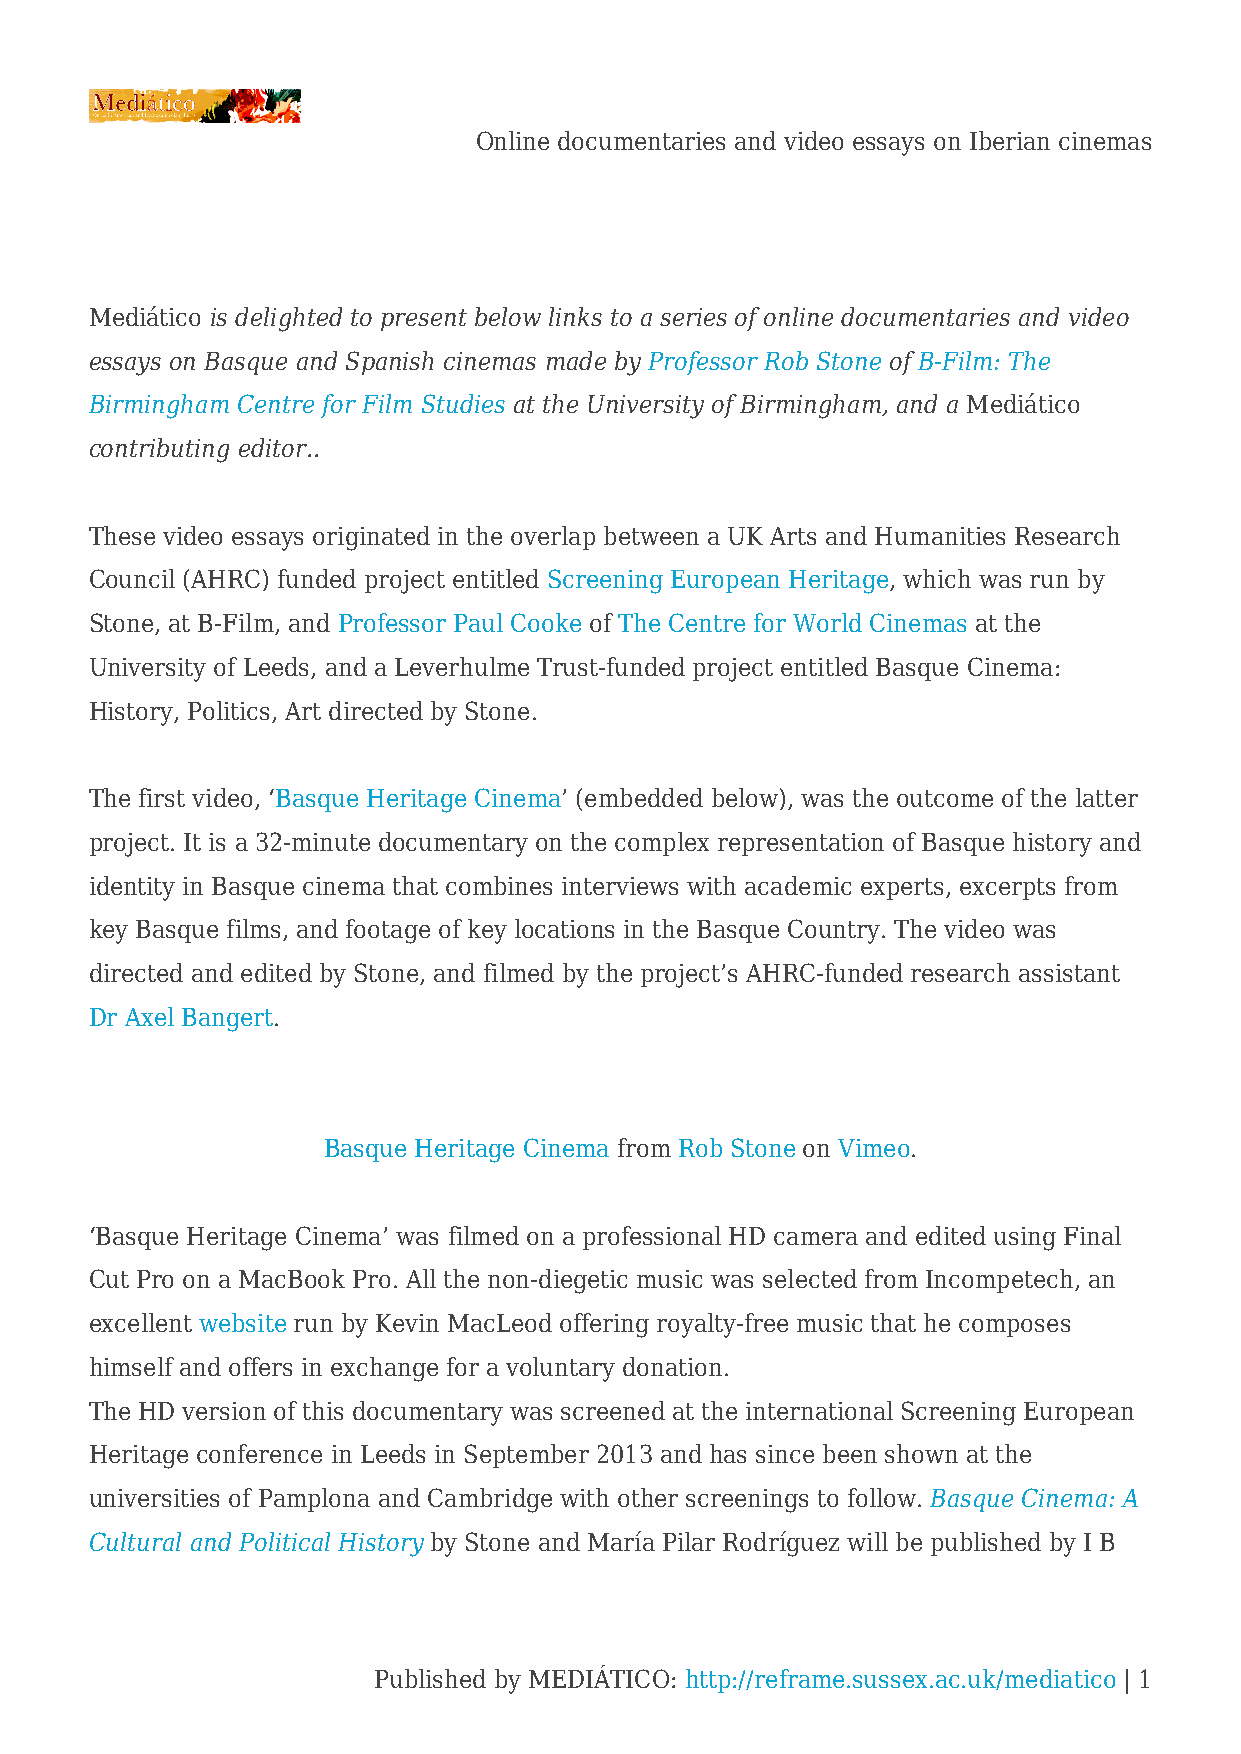
Online documentaries and video essays on Iberian cinemas
 Mediático is delighted to present below links to a series of online documentaries and video
 essays on Basque and Spanish cinemas made by Professor Rob Stone of B-Film: The
 Birmingham Centre for Film Studies at the University of Birmingham, and a Mediático
 contributing editor..
 These video essays originated in the overlap between a UK Arts and Humanities Research
 Council (AHRC) funded project entitled Screening European Heritage, which was run by
 Stone, at B-Film, and Professor Paul Cooke of The Centre for World Cinemas at the
 University of Leeds, and a Leverhulme Trust-funded project entitled Basque Cinema:
 History, Politics, Art directed by Stone.
 The first video, ‘Basque Heritage Cinema’ (embedded below), was the outcome of the latter
 project. It is a 32-minute documentary on the complex representation of Basque history and
 identity in Basque cinema that combines interviews with academic experts, excerpts from
 key Basque films, and footage of key locations in the Basque Country. The video was
 directed and edited by Stone, and filmed by the project’s AHRC-funded research assistant
 Dr Axel Bangert.
 Basque Heritage Cinema from Rob Stone on Vimeo.
 ‘Basque Heritage Cinema’ was filmed on a professional HD camera and edited using Final
 Cut Pro on a MacBook Pro. All the non-diegetic music was selected from Incompetech, an
 excellent website run by Kevin MacLeod offering royalty-free music that he composes
 himself and offers in exchange for a voluntary donation.
 The HD version of this documentary was screened at the international Screening European
 Heritage conference in Leeds in September 2013 and has since been shown at the
 universities of Pamplona and Cambridge with other screenings to follow. Basque Cinema: A
 Cultural and Political History by Stone and María Pilar Rodríguez will be published by I B
 Published by MEDIÁTICO: http://reframe.sussex.ac.uk/mediatico | 1